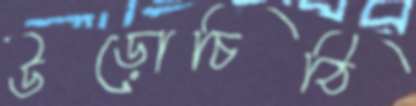
উড়োচিঠি